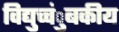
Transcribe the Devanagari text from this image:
विद्युच्चंुबकीय